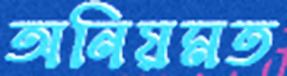
অনিয়মত